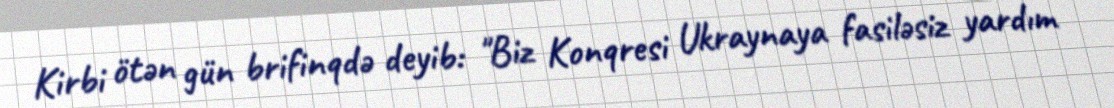
Kirbi ötən gün brifinqdə deyib: "Biz Konqresi Ukraynaya fasiləsiz yardım